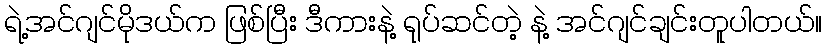
ရဲ့အင်ဂျင်မိုဒယ်က ဖြစ်ပြီး ဒီကားနဲ့ ရုပ်ဆင်တဲ့ နဲ့ အင်ဂျင်ချင်းတူပါတယ်။